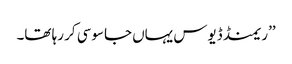
’’ریمنڈ ڈیوس یہاں جاسوسی کر رہا تھا۔